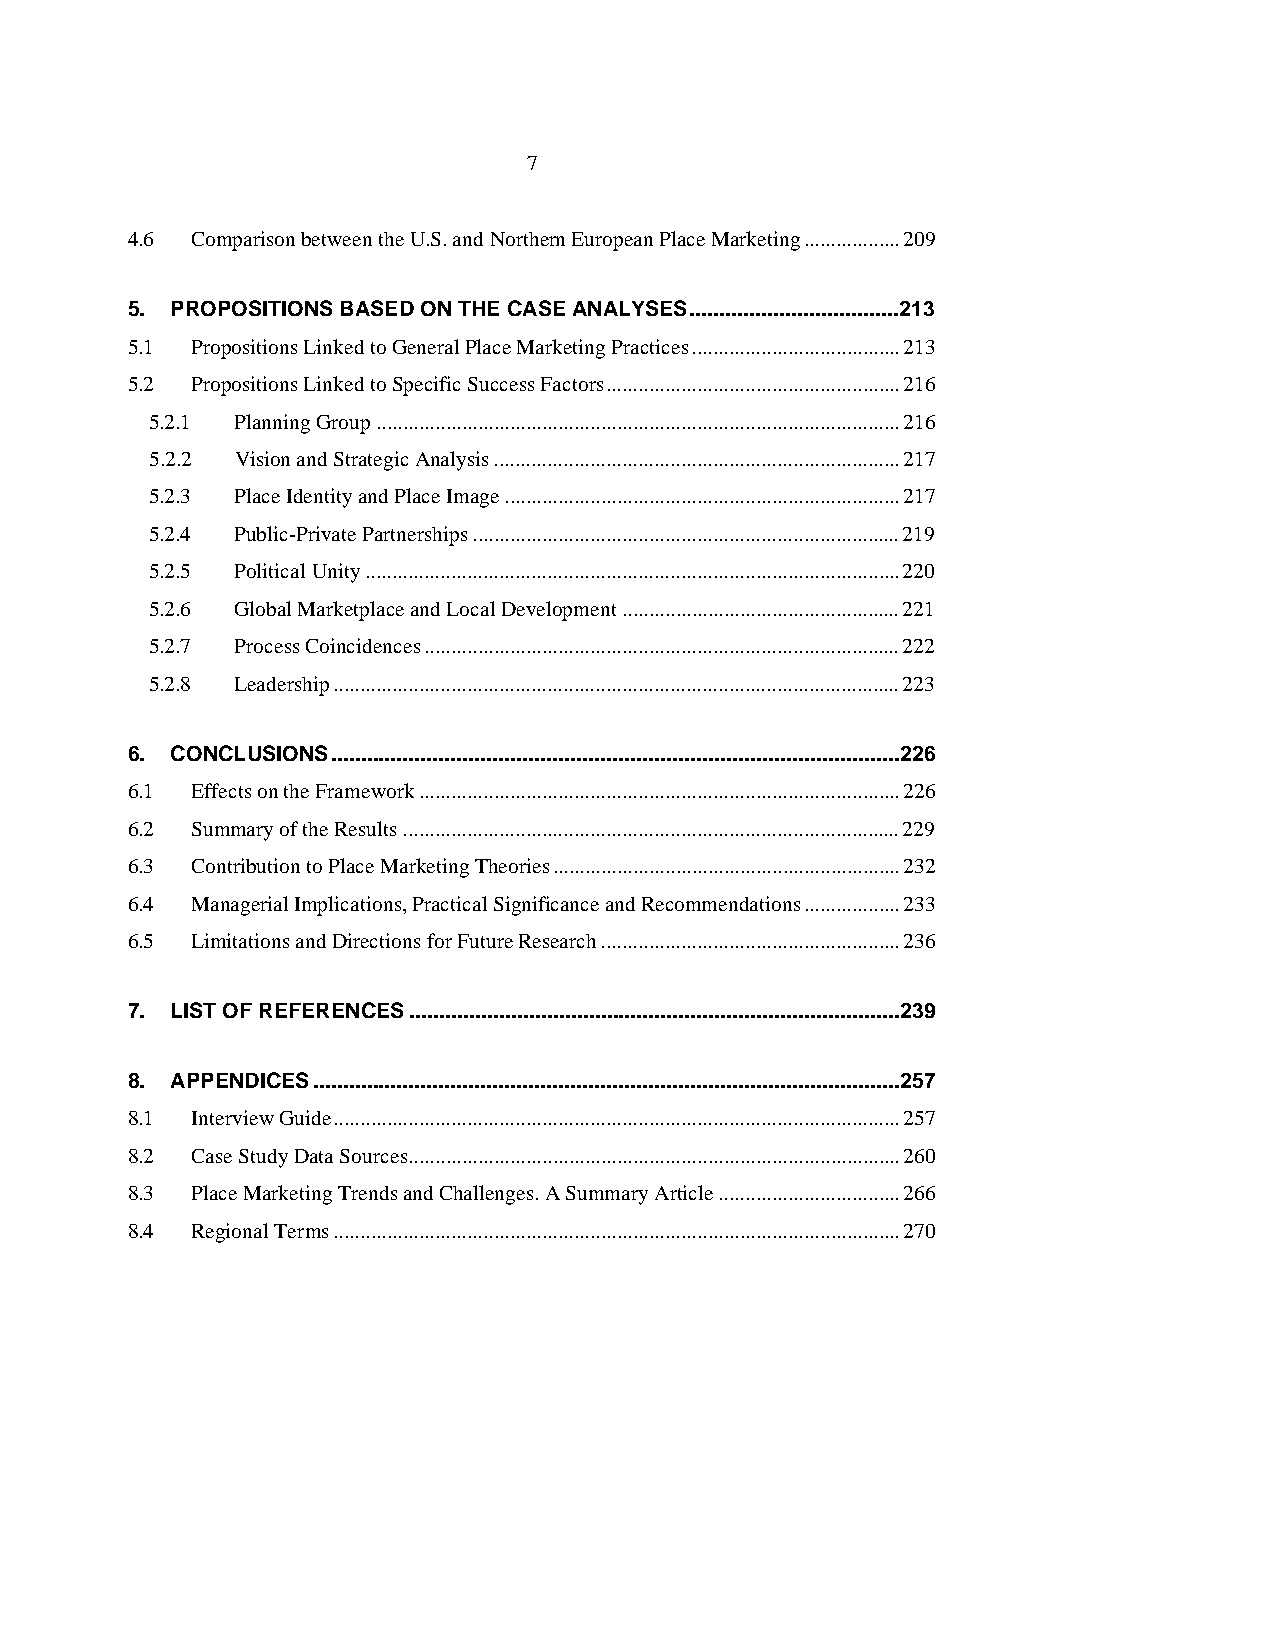
7
 4.6  Comparison between the U.S. and Northern European Place Marketing..................209
 5. PROPOSITIONS BASED ON THE CASE ANALYSES...................................213
 5.1  Propositions Linked to General Place Marketing Practices.......................................213
 5.2  Propositions Linked to Specific Success Factors.......................................................216
 5.2.1 Planning Group..................................................................................................216
 5.2.2 Vision and Strategic Analysis............................................................................217
 5.2.3 Place Identity and Place Image..........................................................................217
 5.2.4 Public-Private Partnerships................................................................................219
 5.2.5 Political Unity....................................................................................................220
 5.2.6 Global Marketplace and Local Development....................................................221
 5.2.7 Process Coincidences.........................................................................................222
 5.2.8 Leadership..........................................................................................................223
 6. CONCLUSIONS...............................................................................................226
 6.1  Effects on the Framework..........................................................................................226
 6.2  Summary of the Results.............................................................................................229
 6.3  Contribution to Place Marketing Theories.................................................................232
 6.4  Managerial Implications, Practical Significance and Recommendations..................233
 6.5  Limitations and Directions for Future Research........................................................236
 7. LIST OF REFERENCES..................................................................................239
 8. APPENDICES..................................................................................................257
 8.1  Interview Guide..........................................................................................................257
 8.2  Case Study Data Sources............................................................................................260
 8.3  Place Marketing Trends and Challenges. A Summary Article..................................266
 8.4  Regional Terms..........................................................................................................270